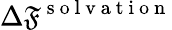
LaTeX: \Delta\mathfrak{F}^{\mathrm{{~s~o~l~v~a~t~i~o~n~}}}